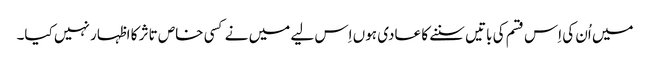
میں اُن کی اِس قسم کی باتیں سننے کا عادی ہوں اِس لیے میں نے کسی خاص تاثر کا اظہار نہیں کیا۔